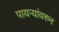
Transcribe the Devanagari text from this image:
पायऱ्यांवरुन